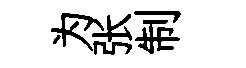
为张制